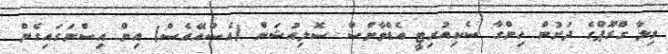
ވިލާ ގްރޫޕްގެ ދަށުން ހިންގާ ސެކިއުރިޓީ އެޑްވާންސް ސޮލިއުޝަން (އެސްއޭއެސް) އިން އިސްނަގައިގެން